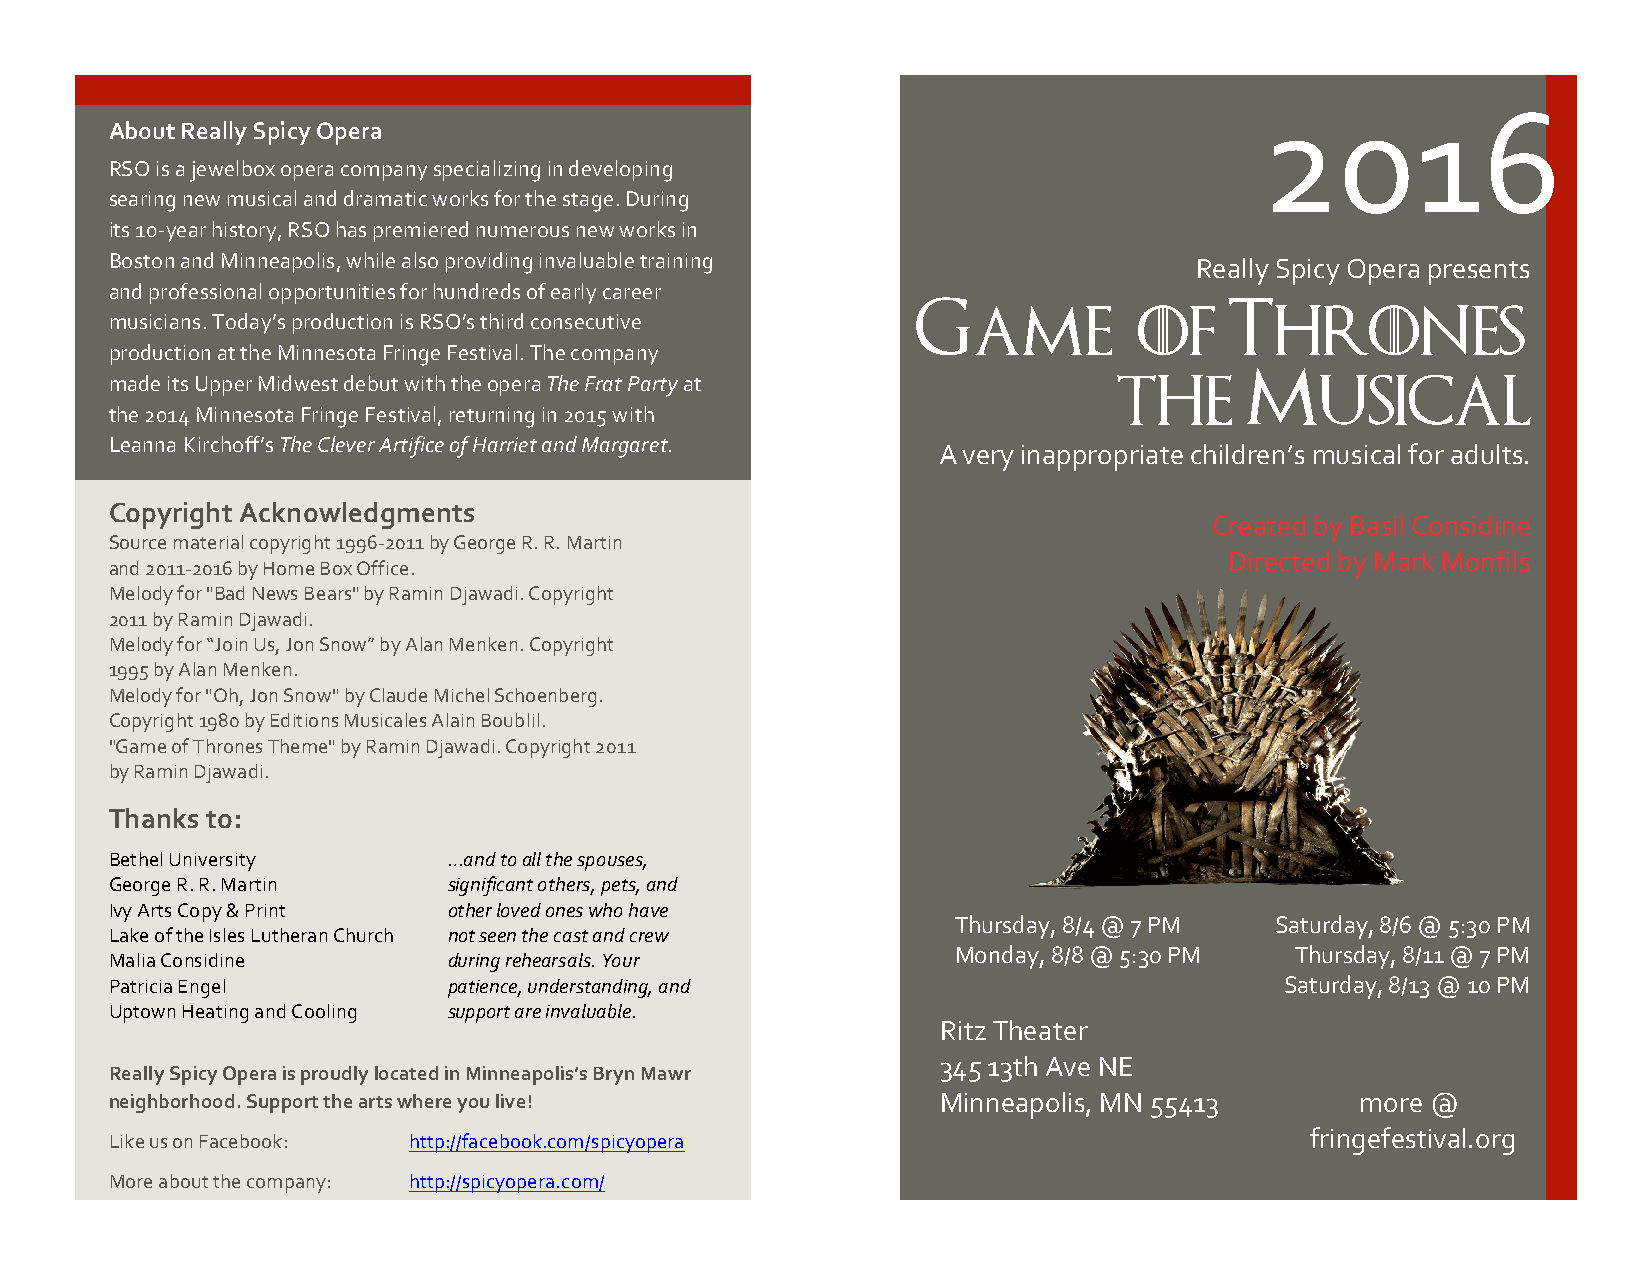
12
 2016
 About Really Spicy Opera
 RSO is a jewelbox opera company specializing in developing
 searing new musical and dramatic works for the stage. During
 its 10-year history, RSO has premiered numerous new works in
 Boston and Minneapolis, while also providing invaluable training        Really Spicy Opera presents
 and professional opportunities for hundreds of early career
 musicians. Today’s production is RSO’s third consecutive G ame      of    T  hrones
 production at the Minnesota Fringe Festival. The company
 made its Upper Midwest debut with the opera The Frat Party at              M
 The          usicaL
 the 2014 Minnesota Fringe Festival, returning in 2015 with
 Leanna Kirchoff’s The Clever Artifice of Harriet and Margaret.
 A very inappropriate children’s musical for adults.
 Copyright Acknowledgments
 Created by Basil Considine
 Source material copyright 1996-2011 by George R. R. Martin
 Directed by Mark Monfils
 and 2011-2016 by Home Box Office.
 Melody for "Bad News Bears" by Ramin Djawadi. Copyright
 2011 by Ramin Djawadi.
 Melody for “Join Us, Jon Snow” by Alan Menken. Copyright
 1995 by Alan Menken.
 Melody for "Oh, Jon Snow" by Claude Michel Schoenberg.
 Copyright 1980 by Editions Musicales Alain Boublil.
 "Game of Thrones Theme" by Ramin Djawadi. Copyright 2011
 by Ramin Djawadi.
 Thanks to:
 Bethel University      …and to all the spouses,
 George R. R. Martin    significant others, pets, and
 Ivy Arts Copy & Print  other loved ones who have
 Thursday, 8/4 @ 7 PM Saturday, 8/6 @ 5:30 PM
 Lake of the Isles Lutheran Church not seen the cast and crew
 Monday, 8/8 @ 5:30 PM  Thursday, 8/11 @ 7 PM
 Malia Considine        during rehearsals. Your
 Patricia Engel         patience, understanding, and                           Saturday, 8/13 @ 10 PM
 Uptown Heating and Cooling support are invaluable.
 Ritz Theater
 345 13th Ave NE
 Really Spicy Opera is proudly located in Minneapolis’s Bryn Mawr
 neighborhood. Support the arts where you live!         Minneapolis, MN 55413       more @
 fringefestival.org
 Like us on Facebook: http://facebook.com/spicyopera
 More about the company: http://spicyopera.com/